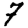
Digit: 7